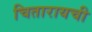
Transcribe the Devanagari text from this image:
चितारायची